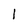
Character: l